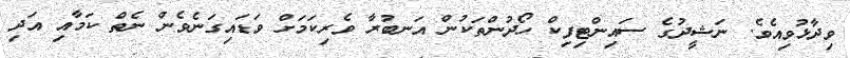
ވިދާޅުވިއެވެ. ނަޝީދުގެ ސައިންޓިފިކް ހޯދުންތަކުން އަނބުރާ ވެރިކަމަށް ވަޑައިގަނެވެން ނެތް ކަމާއި އަދި